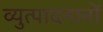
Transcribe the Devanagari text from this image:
व्युत्पादनानों